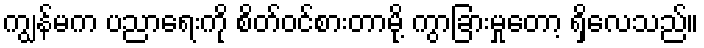
ကျွန်မက ပညာရေးကို စိတ်ဝင်စားတာမို့ ကွာခြားမှုတော့ ရှိလေသည်။